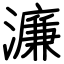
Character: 濂